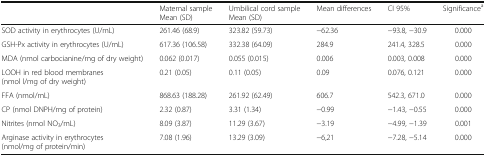
<table><thead><tr><td></td><td><b>Maternal sample Mean (SD)</b></td><td><b>Umbilical cord sample Mean (SD)</b></td><td><b>Mean differences</b></td><td><b>CI 95%</b></td><td><b>Significance<sup>a</sup></b></td></tr></thead><tbody><tr><td>SOD activity in erythrocytes (U/mL)</td><td>261.46 (68.9)</td><td>323.82 (59.73)</td><td>−62.36</td><td>−93.8, −30.9</td><td>0.000</td></tr><tr><td>GSH-Px activity in erythrocytes (U/mL)</td><td>617.36 (106.58)</td><td>332.38 (64.09)</td><td>284.9</td><td>241.4, 328.5</td><td>0.000</td></tr><tr><td>MDA (nmol carbocianine/mg of dry weight)</td><td>0.062 (0.017)</td><td>0.055 (0.015)</td><td>0.006</td><td>0.003, 0.008</td><td>0.000</td></tr><tr><td>LOOH in red blood membranes (nmol l/mg of dry weight)</td><td>0.21 (0.05)</td><td>0.11 (0.05)</td><td>0.09</td><td>0.076, 0.121</td><td>0.000</td></tr><tr><td>FFA (nmol/mL)</td><td>868.63 (188.28)</td><td>261.92 (62.49)</td><td>606.7</td><td>542.3, 671.0</td><td>0.000</td></tr><tr><td>CP (nmol DNPH/mg of protein)</td><td>2.32 (0.87)</td><td>3.31 (1.34)</td><td>−0.99</td><td>−1.43, −0.55</td><td>0.000</td></tr><tr><td>Nitrites (nmol NO<sub>3</sub>/mL)</td><td>8.09 (3.87)</td><td>11.29 (3.67)</td><td>−3.19</td><td>−4.99, −1.39</td><td>0.001</td></tr><tr><td>Arginase activity in erythrocytes (nmol/mg of protein/min)</td><td>7.08 (1.96)</td><td>13.29 (3.09)</td><td>−6,21</td><td>−7.28, −5.14</td><td>0.000</td></tr></tbody></table>